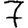
Digit: 7